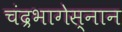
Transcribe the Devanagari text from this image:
चंद्रभागेस्नान